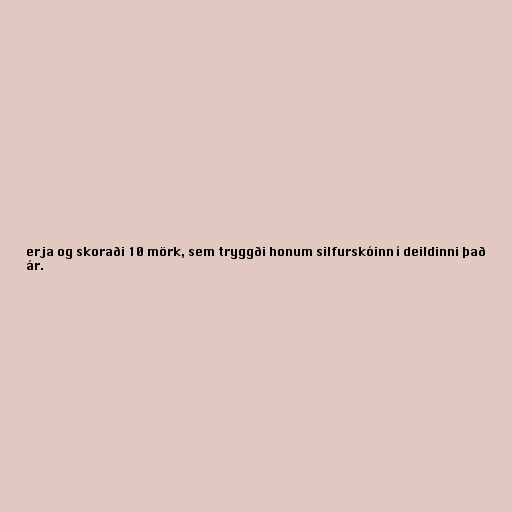
erja og skoraði 10 mörk, sem tryggði honum silfurskóinn í deildinni það
ár.